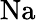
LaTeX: \mathrm{Na}